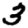
Digit: 3